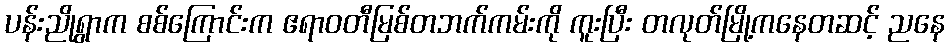
ပန်းညိုရွာက စစ်ကြောင်းက ဧရာဝတီမြစ်တဘက်ကမ်းကို ကူးပြီး တလုတ်မြို့ကနေတဆင့် ညနေ